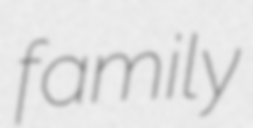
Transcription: family